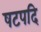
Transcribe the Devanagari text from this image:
षटपदि